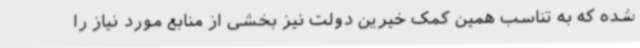
شده که به تناسب همین کمک خیرین دولت نیز بخشی از منابع مورد نیاز را